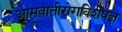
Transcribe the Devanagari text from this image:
आमवातीरोगविशेषज्ञ